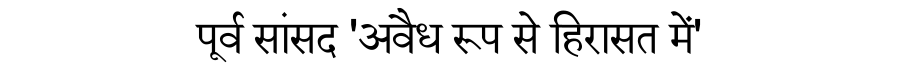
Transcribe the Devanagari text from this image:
पूर्व सांसद 'अवैध रूप से हिरासत में'